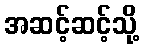
အဆင့်ဆင့်သို့